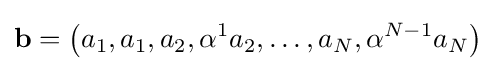
\mathbf {b} =\left(a_{1},a_{1},a_{2},\alpha ^{1}a_{2},\ldots ,a_{N},\alpha ^{N-1}a_{N}\right)